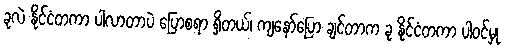
ခုလဲ နိုင်ငံတကာ ပါလာတာပဲ ပြောစရာ ရှိတယ်၊ ကျနော်ပြော ချင်တာက ခု နိုင်ငံတကာ ပါဝင်မှု